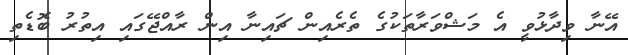
އޭނާ ވިދާޅުވީ އެ މަޝްވަރާތަކުގެ ތެރެއިން ޗައިނާ އިން ރާއްޖޭގައި އިތުރު ބޮޑެތި